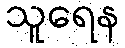
သူရေန